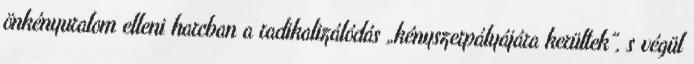
önkényuralom elleni harcban a radikalizálódás „kényszerpályájára kerültek”, s végül